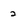
Character: 2